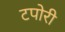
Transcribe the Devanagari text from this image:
टपोरी